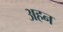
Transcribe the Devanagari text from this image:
अहन